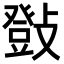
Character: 𢿤